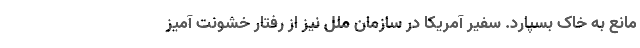
مانع به خاک بسپارد. سفیر آمریکا در سازمان ملل نیز از رفتار خشونت آمیز